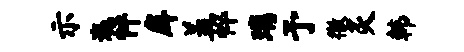
示迤怦戽盖悴璃予徼灸韩